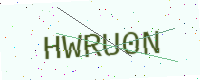
Text: HWRU0N